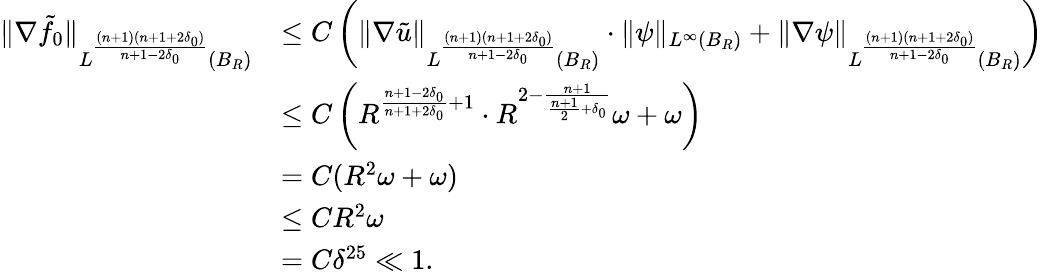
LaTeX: \begin{array}{rl}{\| \nabla\tilde{f}_{0}\| _{L^{\frac{(n+1)(n+1+2\delta_{0})}{n+1-2\delta_{0}}}(B_{R})}}&{\leq C\left(\| \nabla\tilde{u}\| _{L^{\frac{(n+1)(n+1+2\delta_{0})}{n+1-2\delta_{0}}}(B_{R})}\cdot\| \psi\| _{L^{\infty}(B_{R})}+\| \nabla\psi\| _{L^{\frac{(n+1)(n+1+2\delta_{0})}{n+1-2\delta_{0}}}(B_{R})}\right)}\\ &{\leq C\left(R^{\frac{n+1-2\delta_{0}}{n+1+2\delta_{0}}+1}\cdot R^{2-\frac{n+1}{\frac{n+1}{2}+\delta_{0}}}\omega+\omega\right)}\\ &{=C(R^{2}\omega+\omega)}\\ &{\leq CR^{2}\omega}\\ &{=C\delta^{25}\ll 1.}\end{array}